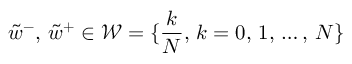
\tilde { w } ^ { - } , \, \tilde { w } ^ { + } \in \mathcal { W } = \{ \frac { k } { N } , \, k = 0 , \, 1 , \, \dots , \, N \}